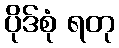
ပိုဒ်စုံ ရတု